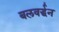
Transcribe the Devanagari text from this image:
बलवर्द्धन